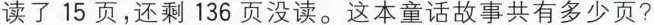
读了15页，还剩136页没读。这本童话故事共有多少页?